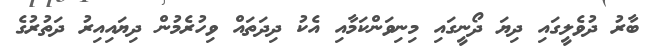
ބާރު ދުވެލީގައި ދިޔަ ދޯނީގައި މިނިވަންކަމާއި އެކު ދިދަތައް ވިހުރެމުން ދިޔައިއިރު ދަތުރުގެ